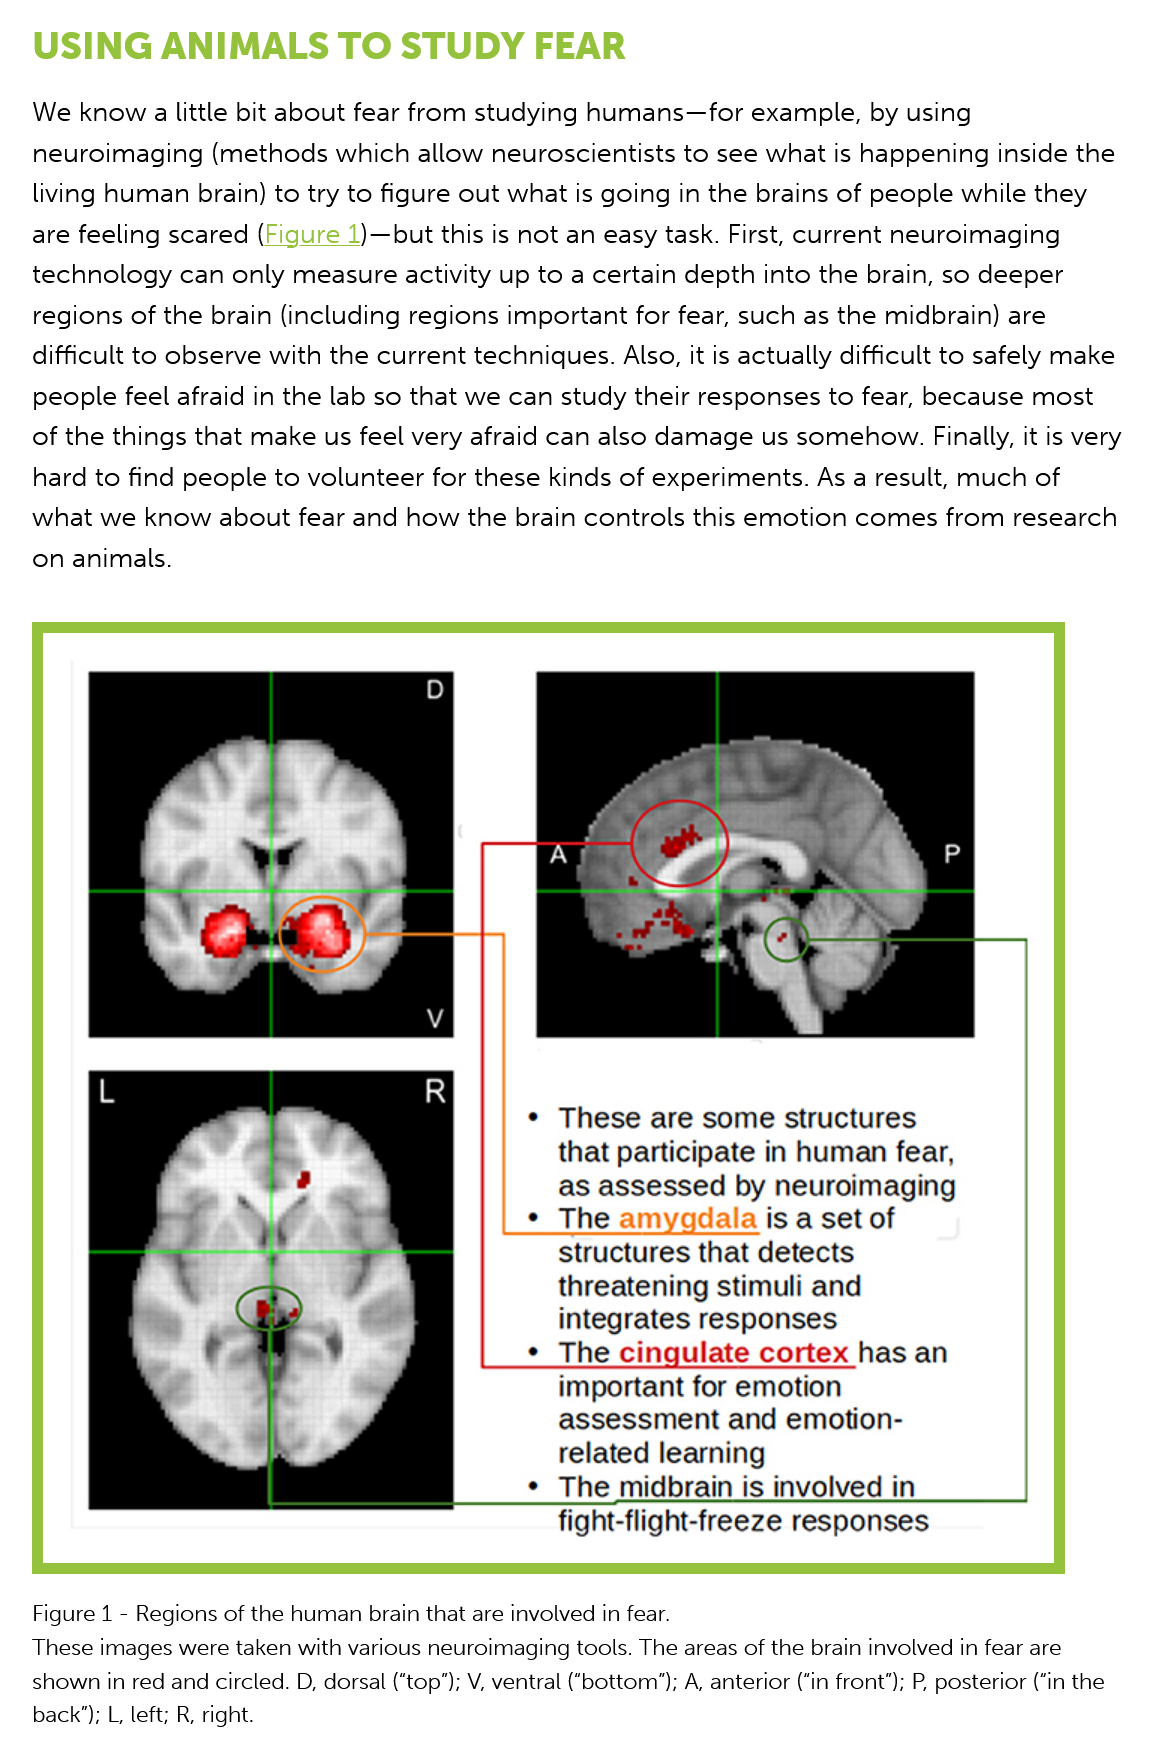
USING    ANIMALS    TO    STUDY    FEAR
   We   know a little bit about  fear from  studying  humans—for    example,  by  using
    neuroimaging    (methods   which  allow  neuroscientists  to  see what  is happening   inside the
    living human brain) to  try to figure out  what is going  in the brains of people   while they
   are  feeling scared  (Figure  1)—but this is not an easy task. First, current neuroimaging
   technology    can  only measure activity   up to a certain  depth  into the brain, so deeper
    regions of the  brain (including  regions  important  for fear, such as the  midbrain)  are
   difficult to observe  with the  current techniques.  Also, it is actually difficult to safely make
    people  feel afraid in the lab so that we  can study  their responses to   fear, because  most
   of the  things that make us feel   very afraid can  also damage    us somehow.   Finally, it is very
    hard to find people  to volunteer   for these kinds  of experiments.  As  a result, much  of
   what   we  know  about fear  and  how the brain   controls  this emotion   comes   from  research
   on  animals.
    Figure 1
     -
     Regions of the human brain that are involved in fear.
   These  images were taken with various neuroimaging tools. The areas of the brain involved in fear are
   shown in  red and circled. D, dorsal ("top"); V, ventral ("bottom"); A, anterior (“in front’); P, posterior (“in the
    back’); L, left; R, right.
     *  These   are  some structures
     that participate   in human    fear,
     as  assessed    by  neuroimaging
     *  The   amygdala   is   a set of
     structures   that detects
     threatening   stimuli  and
     integrates   responses
     *  The   cingulate   cortex   has  an
     important   for emotion
     assessment    and    emotion-
     related  learning
     *  The   midbrain   is involved  in
     fight-flight-freeze  responses